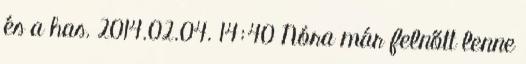
és a has. 2014.02.04. 14:40 Nóra már felnőtt lenne